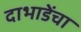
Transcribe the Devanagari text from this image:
दाभाडेंचा